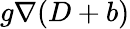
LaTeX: g\nabla(D+b)